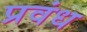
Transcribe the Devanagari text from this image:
प्रवंध